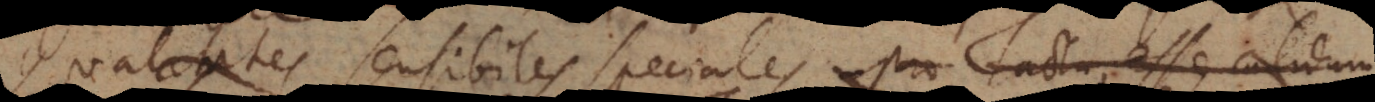
Qualitates sensibiles speciales, pro Tactu esse